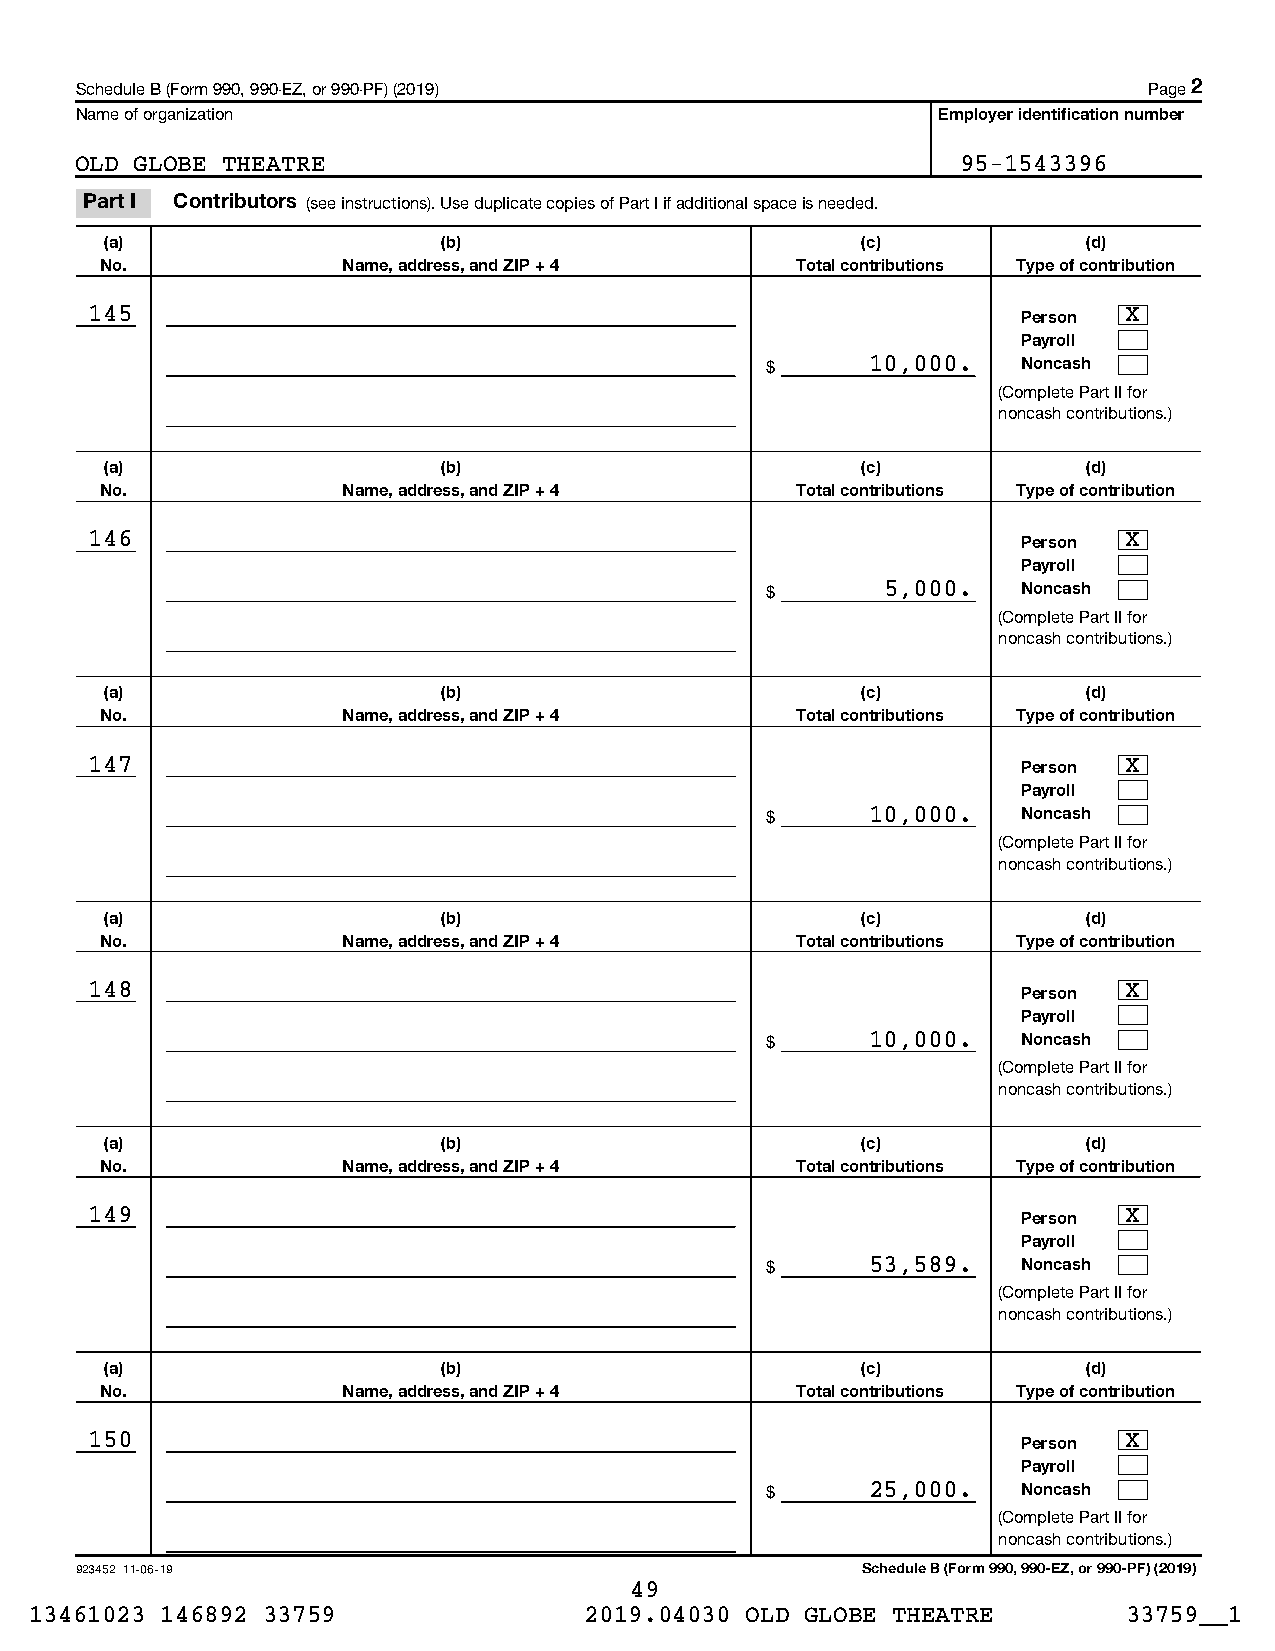
Schedule B (Form 990, 990-EZ, or 990-PF) (2019)                        Page 2
 Name of organization                                     Employer identification number
 OLD GLOBE THEATRE                                          95-1543396
 Part I Contributors (see instructions). Use duplicate copies of Part I if additional space is needed.
 (a)                   (b)                         (c)            (d)
 No.             Name, address, and ZIP + 4    Total contributions Type of contribution
 145                                                           Person X
 Payroll
 $      10,000.   Noncash
 (Complete Part II for
 noncash contributions.)
 (a)                   (b)                         (c)            (d)
 No.             Name, address, and ZIP + 4    Total contributions Type of contribution
 146                                                           Person X
 Payroll
 $       5,000.   Noncash
 (Complete Part II for
 noncash contributions.)
 (a)                   (b)                         (c)            (d)
 No.             Name, address, and ZIP + 4    Total contributions Type of contribution
 147                                                           Person X
 Payroll
 $      10,000.   Noncash
 (Complete Part II for
 noncash contributions.)
 (a)                   (b)                         (c)            (d)
 No.             Name, address, and ZIP + 4    Total contributions Type of contribution
 148                                                           Person X
 Payroll
 $      10,000.   Noncash
 (Complete Part II for
 noncash contributions.)
 (a)                   (b)                         (c)            (d)
 No.             Name, address, and ZIP + 4    Total contributions Type of contribution
 149                                                           Person X
 Payroll
 $      53,589.   Noncash
 (Complete Part II for
 noncash contributions.)
 (a)                   (b)                         (c)            (d)
 No.             Name, address, and ZIP + 4    Total contributions Type of contribution
 150                                                           Person X
 Payroll
 $      25,000.   Noncash
 (Complete Part II for
 noncash contributions.)
 923452 11-06-19                                     Schedule B (Form 990, 990-EZ, or 990-PF) (2019)
 49
 13461023 146892 33759                2019.04030 OLD GLOBE THEATRE        33759__1